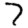
Digit: 7